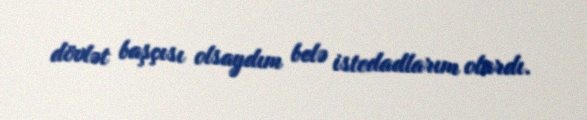
dövlət başçısı olsaydım belə istedadlarım olardı.